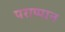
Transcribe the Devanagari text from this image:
पराप्पान